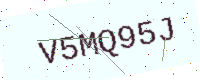
Text: V5MQ95J